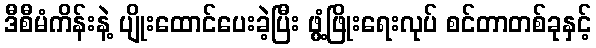
ဒီစီမံကိန်းနဲ့ ပျိုးထောင်ပေးခဲ့ပြီး ဖွံ့ဖြိုးရေးလုပ် စင်တာတစ်ခုနှင့်